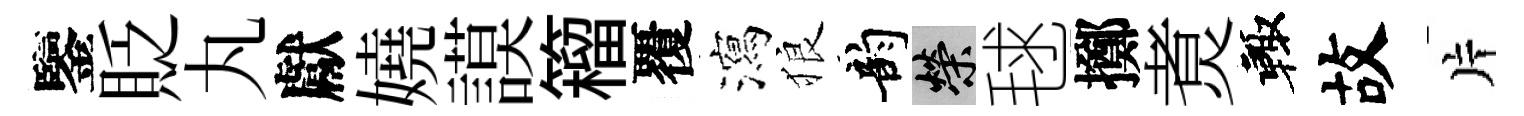
鑒貶丸獻嬈謨籕覆瀉狼韵榮毬擲煑輙故片